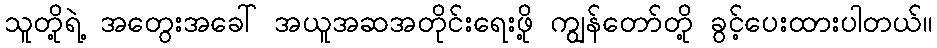
သူတို့ရဲ့ အတွေးအခေါ် အယူအဆအတိုင်းရေးဖို့ ကျွန်တော်တို့ ခွင့်ပေးထားပါတယ်။